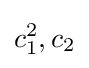
c_{1}^{2},c_{2}